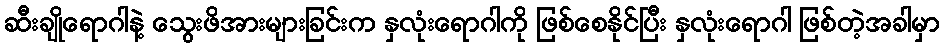
ဆီးချိုရောဂါနဲ့ သွေးဖိအားများခြင်းက နှလုံးရောဂါကို ဖြစ်စေနိုင်ပြီး နှလုံးရောဂါ ဖြစ်တဲ့အခါမှာ